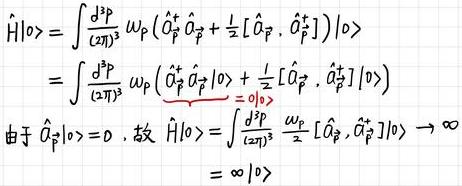
\[
\begin{align*}
\hat{H}|0\rangle&=\int\frac{d^{3}p}{(2\pi)^{3}}w_{p}(\hat{a}_{\vec{p}}^{\dagger}\hat{a}_{\vec{p}}+\frac{1}{2}[\hat{a}_{\vec{p}},\hat{a}_{\vec{p}}^{\dagger}])|0\rangle\\
&=\int\frac{d^{3}p}{(2\pi)^{3}}w_{p}(\underbrace{\hat{a}_{\vec{p}}^{\dagger}\hat{a}_{\vec{p}}|0\rangle}_{=0|0\rangle}+\frac{1}{2}[\hat{a}_{\vec{p}},\hat{a}_{\vec{p}}^{\dagger}]|0\rangle)\\
& \text{由于 }\hat{a}_{\vec{p}}|0\rangle = 0\text{，故 }\hat{H}|0\rangle=\int\frac{d^{3}p}{(2\pi)^{3}}\frac{w_{p}}{2}[\hat{a}_{\vec{p}},\hat{a}_{\vec{p}}^{\dagger}]|0\rangle\to\infty\\
&=\infty|0\rangle
\end{align*}
\]